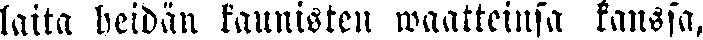
laita heidän kaunisten waatteinsa kanssa,